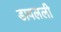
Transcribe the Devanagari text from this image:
डावलली